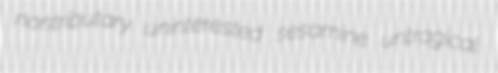
nontributary uninterested sesamine untragical